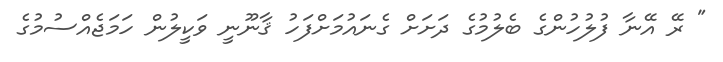
" ރޭ އޭނާ ފުލުހުންގެ ބެލުމުގެ ދަށަށް ގެނައުމަށްފަހު ޤާނޫނީ ވަކީލުން ހަމަޖެއްސުމުގެ